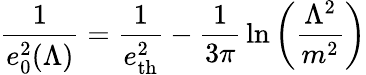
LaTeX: {\frac{1}{e_{0}^{2}(\Lambda)}}={\frac{1}{e_{\mathrm{th}}^{2}}}-{\frac{1}{3\pi}}\ln\left(\frac{\Lambda^{2}}{m^{2}}\right)